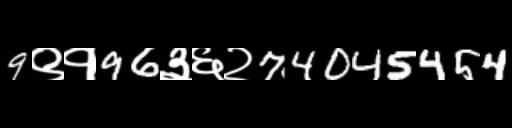
Text: 9९१96३६२74045454